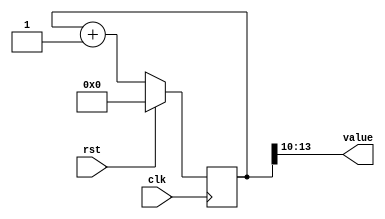
/*
   This file was generated automatically by the Mojo IDE version B1.3.6.
   Do not edit this file directly. Instead edit the original Lucid source.
   This is a temporary file and any changes made to it will be destroyed.
*/

/*
   Parameters:
     SIZE = 4
     DIV = 10
     TOP = 0
     UP = 1
*/
module counter_3 (
    input clk,
    input rst,
    output reg [3:0] value
  );
  
  localparam SIZE = 3'h4;
  localparam DIV = 4'ha;
  localparam TOP = 1'h0;
  localparam UP = 1'h1;
  
  
  reg [13:0] M_ctr_d, M_ctr_q = 1'h0;
  
  localparam MAX_VALUE = 11'h3ff;
  
  always @* begin
    M_ctr_d = M_ctr_q;
    
    value = M_ctr_q[10+3-:4];
    if (1'h1) begin
      M_ctr_d = M_ctr_q + 1'h1;
      if (1'h0 && M_ctr_q == 11'h3ff) begin
        M_ctr_d = 1'h0;
      end
    end else begin
      M_ctr_d = M_ctr_q - 1'h1;
      if (1'h0 && M_ctr_q == 1'h0) begin
        M_ctr_d = 11'h3ff;
      end
    end
  end
  
  always @(posedge clk) begin
    if (rst == 1'b1) begin
      M_ctr_q <= 1'h0;
    end else begin
      M_ctr_q <= M_ctr_d;
    end
  end
  
endmodule